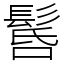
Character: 䯺